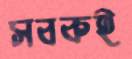
সবকই